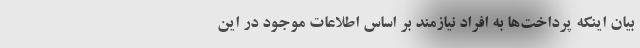
بیان اینکه پرداخت‌ها به افراد نیازمند بر اساس اطلاعات موجود در این